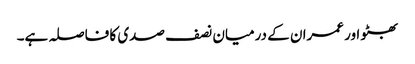
بھٹو اور عمران کے درمیان نصف صدی کا فاصلہ ہے۔